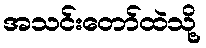
အသင်းတော်ထဲသို့